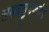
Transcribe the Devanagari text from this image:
समयसूचकतेने